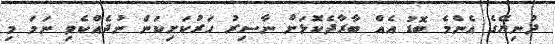
ދުނިޔޭގެ އެންމެ ބޮޑު އެއް ބާރާދެކޮޅަށް ނާސިރު ހަރުކަށިކަން ނުދެއްކެވި ނަމަ މި